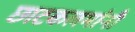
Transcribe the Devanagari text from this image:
छाटकलमांनी